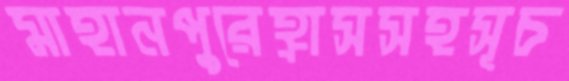
মাহানপুরেহ্রাসসহসূচ